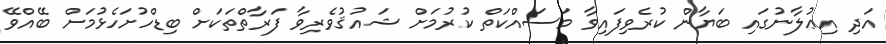
އަދި އިޢުލާނުގައި ބަޔާން ކުރެވިފައިވާ މަސައްކަތް ކުރުމަށް ޝައުޤުވެރިވާ ފަރާތްތަކަށް ބިޑްހުށަހެޅުމަށް ބޭއްވޭ